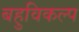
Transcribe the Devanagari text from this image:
बहुविकल्प